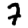
Digit: 7